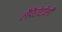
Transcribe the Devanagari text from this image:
लैपैरोटोमी